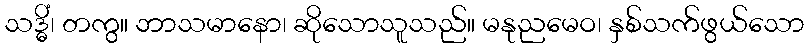
သဒ္ဓိံ၊ တကွ။ ဘာသမာနော၊ ဆိုသောသူသည်။ မနုညမေဝ၊ နှစ်သက်ဖွယ်သော